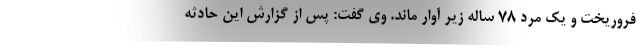
فروریخت و یک مرد ۷۸ ساله زیر آوار ماند. وی گفت: پس از گزارش این حادثه